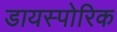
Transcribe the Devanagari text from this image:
डायस्पोरिक